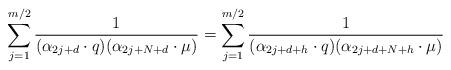
LaTeX: \begin{align*}\sum_{j=1}^{m/2}{1\over{(\alpha_{2j+d}\cdot q)(\alpha_{2j+N+d}\cdot\mu)}} =\sum_{j=1}^{m/2}{1\over{(\alpha_{2j+d+h}\cdot q) (\alpha_{2j+d+N+h}\cdot\mu)}}\end{align*}